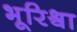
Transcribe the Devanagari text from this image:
भूरिश्र्वा